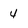
Character: 4